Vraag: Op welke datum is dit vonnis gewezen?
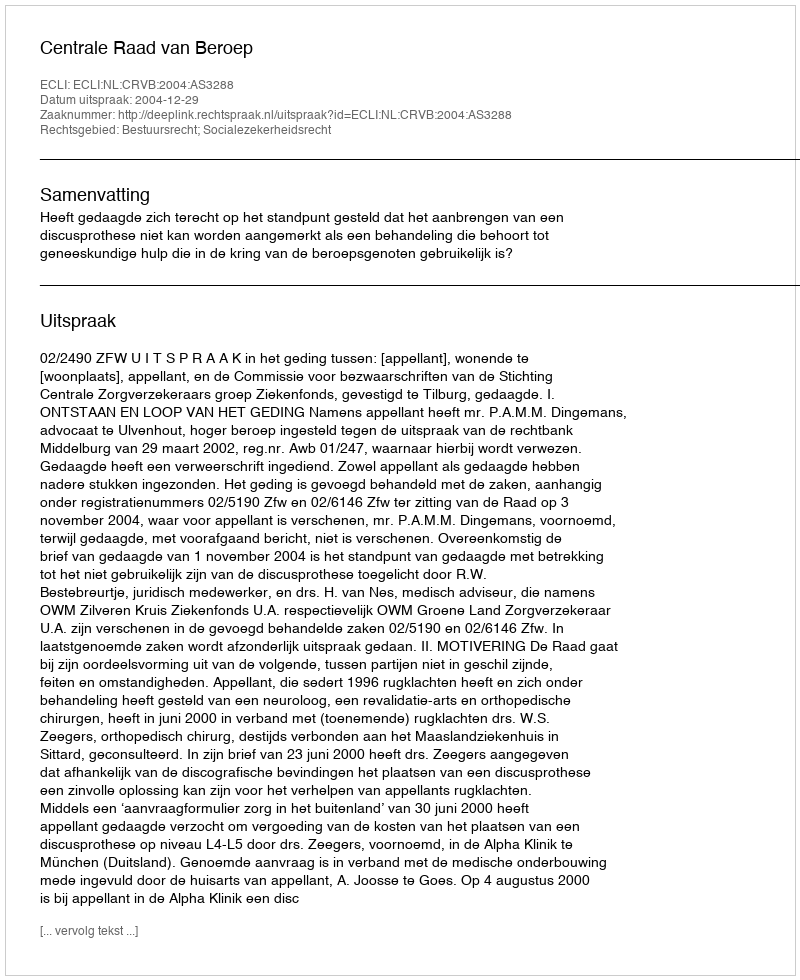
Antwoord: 2004-12-29